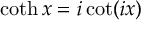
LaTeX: \coth x = i \cot ( i x )